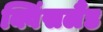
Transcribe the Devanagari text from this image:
क्विंसलैंड